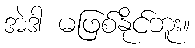
အဲဒါ မဖြစ်နိုင်ဘူး။